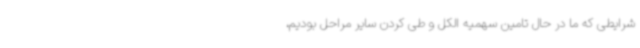
شرایطی که ما در حال تامین سهمیه الکل و طی کردن سایر مراحل بودیم،